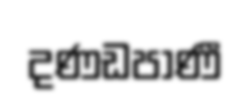
දණඩපාණී